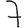
Digit: 7